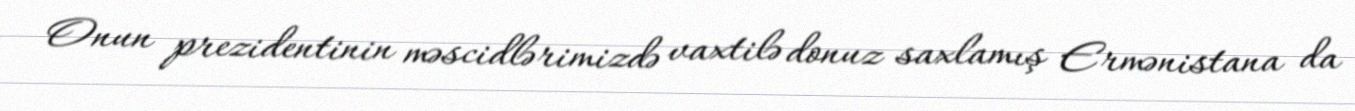
Onun prezidentinin məscidlərimizdə vaxtilə donuz saxlamış Ermənistana da